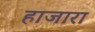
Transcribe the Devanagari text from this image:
हाजारा